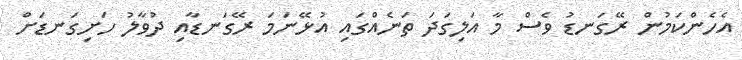
އެހެންކަމުން ރޭގަނޑު ވެސް މާ އަލިގަދަ ތަނެއްގައި އުޅޭނަމަ ރޭގަނޑާއި ދުވާލު ހަށިގަނޑަށް